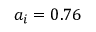
a _ { i } = 0 . 7 6